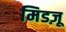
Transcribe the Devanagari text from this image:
मिडज़ू